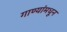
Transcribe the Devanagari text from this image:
गाण्यांमधून